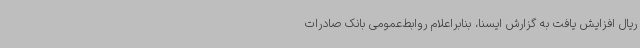
ریال افزایش یافت به گزارش ایسنا، بنابراعلام روابط‌عمومی بانک صادرات